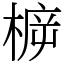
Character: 𣔳